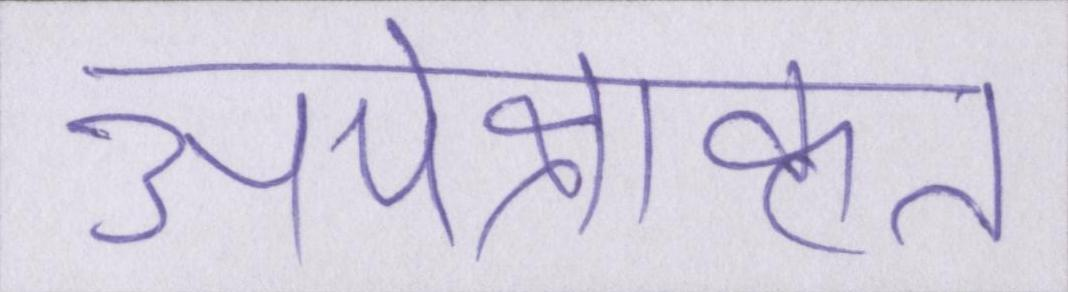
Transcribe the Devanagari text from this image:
अपेक्षाकृत